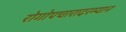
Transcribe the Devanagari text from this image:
रोगोपचारादरम्यान